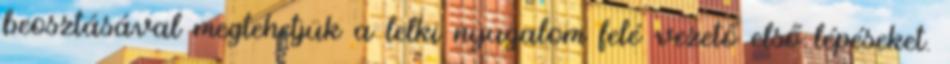
beosztásával megtehetjük a lelki nyugalom felé vezető első lépéseket.